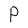
Character: P